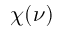
\chi ( \nu )